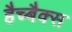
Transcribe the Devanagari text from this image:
हैच्बैक्स